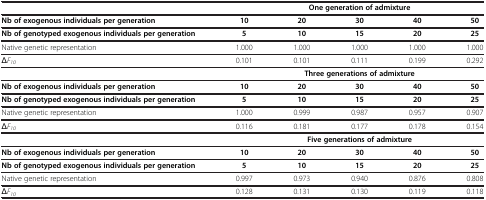
<table><thead><tr><td><b> </b></td><td colspan="5"><b>One generation of admixture</b></td></tr></thead><tbody><tr><td><b>Nb of exogenous individuals per generation</b></td><td><b>10</b></td><td><b>20</b></td><td><b>30</b></td><td><b>40</b></td><td><b>50</b></td></tr><tr><td><b>Nb of genotyped exogenous individuals per generation</b></td><td><b>5</b></td><td><b>10</b></td><td><b>15</b></td><td><b>20</b></td><td><b>25</b></td></tr><tr><td>Native genetic representation</td><td>1.000</td><td>1.000</td><td>1.000</td><td>1.000</td><td>1.000</td></tr><tr><td><i>ΔF</i><sub><i>10</i></sub></td><td>0.101</td><td>0.101</td><td>0.111</td><td>0.199</td><td>0.292</td></tr><tr><td> </td><td colspan="5"><b>Three generations of admixture</b></td></tr><tr><td><b>Nb of exogenous individuals per generation</b></td><td><b>10</b></td><td><b>20</b></td><td><b>30</b></td><td><b>40</b></td><td><b>50</b></td></tr><tr><td><b>Nb of genotyped exogenous individuals per generation</b></td><td><b>5</b></td><td><b>10</b></td><td><b>15</b></td><td><b>20</b></td><td><b>25</b></td></tr><tr><td>Native genetic representation</td><td>1.000</td><td>0.999</td><td>0.987</td><td>0.957</td><td>0.907</td></tr><tr><td><i>ΔF</i><sub><i>10</i></sub></td><td>0.116</td><td>0.181</td><td>0.177</td><td>0.178</td><td>0.154</td></tr><tr><td> </td><td colspan="5"><b>Five generations of admixture</b></td></tr><tr><td><b>Nb of exogenous individuals per generation</b></td><td><b>10</b></td><td><b>20</b></td><td><b>30</b></td><td><b>40</b></td><td><b>50</b></td></tr><tr><td><b>Nb of genotyped exogenous individuals per generation</b></td><td><b>5</b></td><td><b>10</b></td><td><b>15</b></td><td><b>20</b></td><td><b>25</b></td></tr><tr><td>Native genetic representation</td><td>0.997</td><td>0.973</td><td>0.940</td><td>0.876</td><td>0.808</td></tr><tr><td><i>ΔF</i><sub><i>10</i></sub></td><td>0.128</td><td>0.131</td><td>0.130</td><td>0.119</td><td>0.118</td></tr></tbody></table>